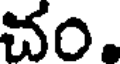
చం.